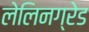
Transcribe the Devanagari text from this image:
लेलिनग्रेड